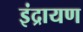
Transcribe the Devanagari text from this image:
इंद्रायण